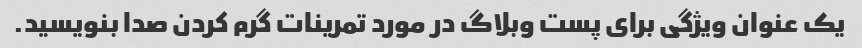
یک عنوان ویژگی برای پست وبلاگ در مورد تمرینات گرم کردن صدا بنویسید.